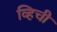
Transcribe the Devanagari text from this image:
व्हिची